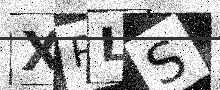
Text: XPLS